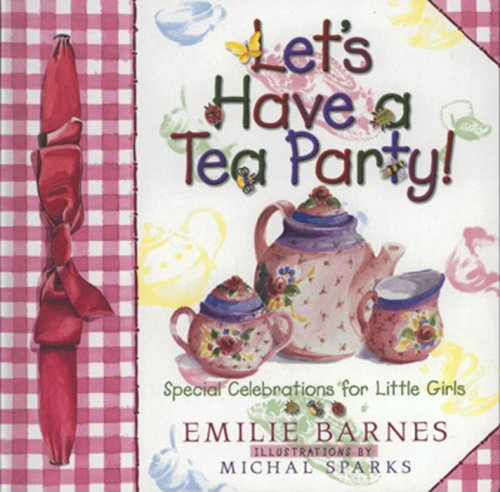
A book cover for Let's Have a Tea Party!: Special Celebrations for Little Girls; Emilie Barnes; Children's Books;